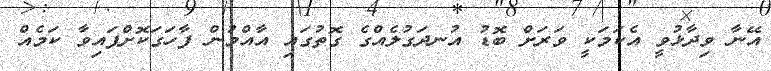
އޭނާ ވިދާޅުވީ އެކަމަކީ ވަރަށް ބޮޑު އުނދަގުލެއްގެ ގޮތުގައި އާއްމުން ފާހަގަކޮށްފައިވާ ކަމެއް